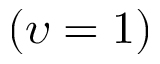
( \upsilon = 1 )